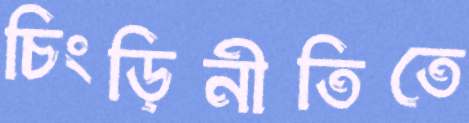
চিংড়িনীতিতে